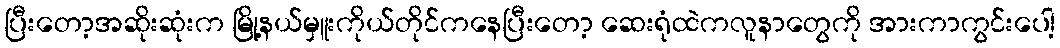
ပြီးတော့အဆိုးဆုံးက မြို့နယ်မှူးကိုယ်တိုင်ကနေပြီးတော့ ဆေးရုံထဲကလူနာတွေကို အားကာကွင်းပေါ့